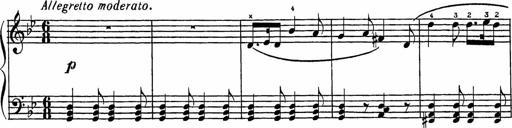
Title: Song of the River
Composer: Frederick Henry Pease